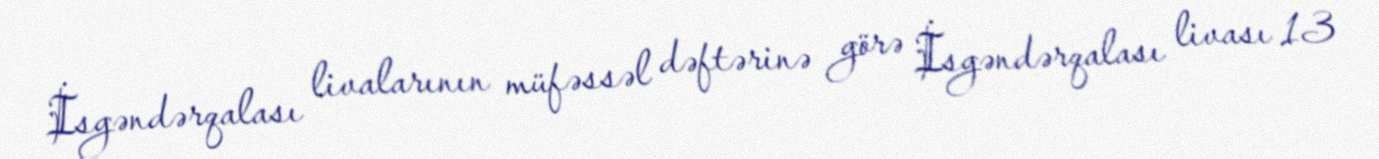
İsgəndərqalası livalarının müfəssəl dəftərinə görə İsgəndərqalası livası 13